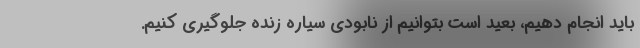
باید انجام دهیم، بعید است بتوانیم از نابودی سیاره زنده جلوگیری کنیم.